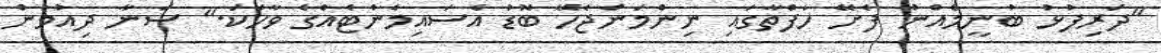
"ދަރިފުޅު ބުނީމެއްނު ފެށޭ ހަފްތާގައި ނިންމަންޖެހޭ ބޮޑު އެސައިމެންޓެއްގެ ވާހަކަ." ސަނާ ދިއުމުން